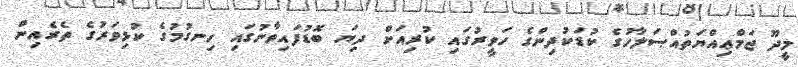
މީދޫ ޖަމްޢިއްޔަތުއްޞަލާހުގެ ކުޑަކުދިންގެ ހަވީރުގައި ކުރިއަށް ދިޔަ ބޮޑުފައިވާނުގައި ހިނގުމުގެ ކުޅިވަރުގެ ތެރެއިން